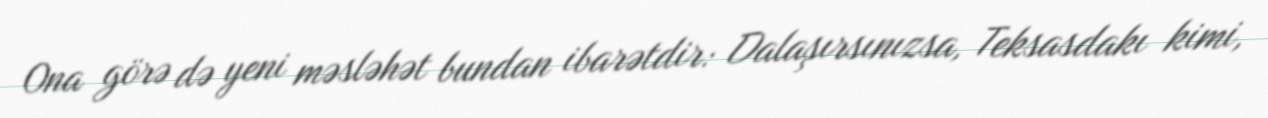
Ona görə də yeni məsləhət bundan ibarətdir: Dalaşırsınızsa, Teksasdakı kimi,